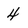
Character: 4